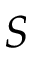
S